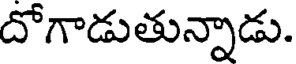
దోగాడుతున్నాడు.